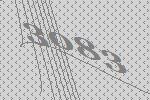
3083